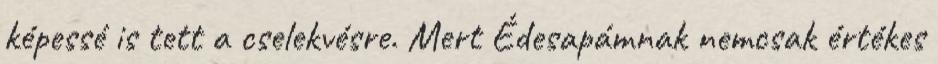
képessé is tett a cselekvésre. Mert Édesapámnak nemcsak értékes